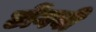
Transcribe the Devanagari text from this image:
टोंगवी